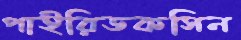
পাইরিডকসিন